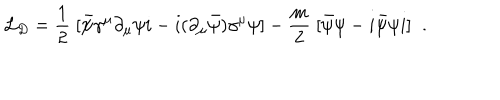
LaTeX: { \cal L } _ { D } = \frac { 1 } { 2 } \; [ \bar { \psi } \gamma ^ { \mu } \partial _ { \mu } \psi i - i ( \partial _ { \mu } \bar { \psi } ) \gamma ^ { \mu } \psi ] - \frac { m } { 2 } \; [ \bar { \psi } \psi - i \bar { \psi } \psi i ] \; \; .